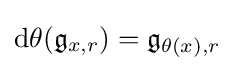
{\text{d}}\theta ({\mathfrak {g}}_{x,r})={\mathfrak {g}}_{\theta (x),r}